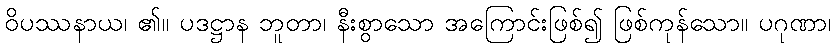
ဝိပဿနာယ၊ ၏။ ပဒဋ္ဌာန ဘူတာ၊ နီးစွာသော အကြောင်းဖြစ်၍ ဖြစ်ကုန်သော။ ပဂုဏာ၊